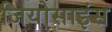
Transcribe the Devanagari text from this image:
जियोसाइंस